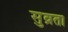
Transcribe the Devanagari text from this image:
सुव्रता